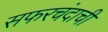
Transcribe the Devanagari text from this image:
सफरचंदाची